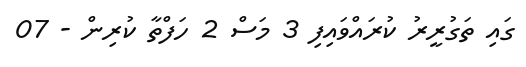
ގައި ތަގުރީރު ކުރައްވައިފި 3 މަސް 2 ހަފްތާ ކުރިން - 07